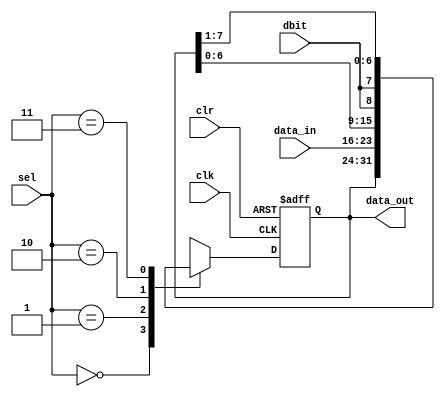
module usr_nb(data_in, dbit, sel, clk, clr, data_out); 
    input  wire [n-1:0] data_in; 
    input  wire dbit; 
    input  wire clk;  
	input  wire clr; 
    input  wire [1:0] sel; 
    output reg [n-1:0] data_out; 

    parameter n = 8; 
    
    always @(posedge clr, posedge clk)
    begin 
        if (clr == 1)     // asynch reset
           data_out <= 0;
        else 
           case (sel) 
              0: data_out <= data_out;                // hold value
              1: data_out <= data_in;                 // load
              2: data_out <= {data_out[n-2:0],dbit};  // shift left
              3: data_out <= {dbit,data_out[n-1:1]};  // shift right
              default data_out <= 0; 
           endcase 
    end
    
endmodule